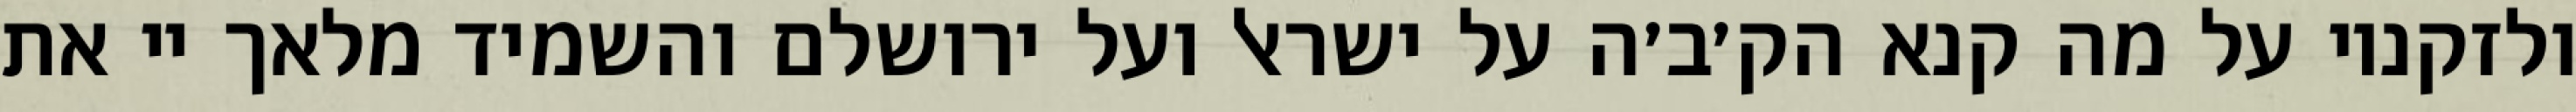
ולזקניו על מה קנא הק׳ב׳ה על ישראל ועל ירושלם והשמיד מלאך יי את